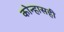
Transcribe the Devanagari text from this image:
कोन्हासही